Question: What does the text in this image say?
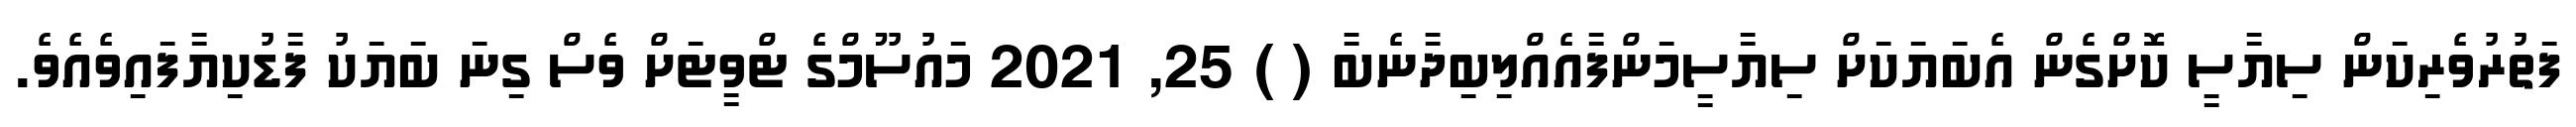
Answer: ފަތުރުވެރިކަން ސިޔާސީ ކޮށްގެން އެބަޔަކަށް ސިޔާސީމަންފާއެއްލިބިދާނެބާ ( ) 25, 2021 މައުސޫމްގެ ޓްވީޓަށް ވެސް ގިނަ ބަޔަކު ފާޑުކިޔާފައިވެއެވެ.